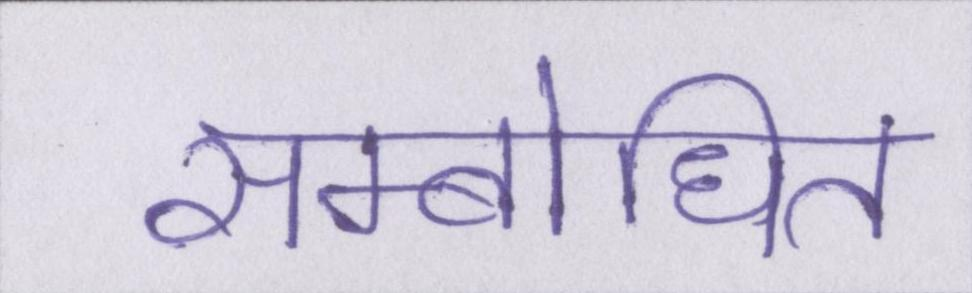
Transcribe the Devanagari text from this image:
सम्बोधित